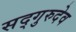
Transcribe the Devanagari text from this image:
सद्गुरुदेव